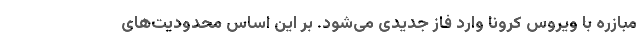
مبازره با ویروس کرونا وارد فاز جدیدی می‌شود. بر این اساس محدودیت‌های